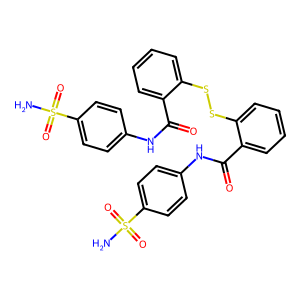
SMILES: NS(=O)(=O)c1ccc(NC(=O)c2ccccc2SSc2ccccc2C(=O)Nc2ccc(S(N)(=O)=O)cc2)cc1
Inhibits HIV replication: Yes